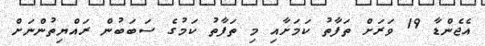
އެޖެންޑާ 19 ވަރަށް ތަފާތު ކަމަށާއި މި ތަފާތު ކަމުގެ ސަބަބުން ރައްޔިތުންނަށް